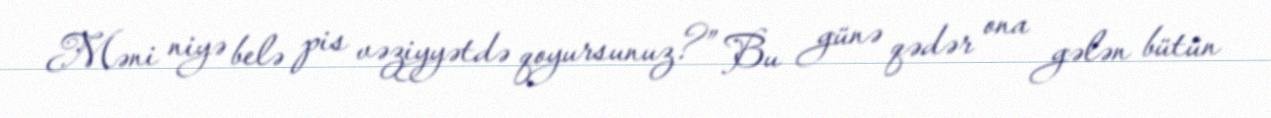
Məni niyə belə pis vəziyyətdə qoyursunuz?” Bu günə qədər ona gələn bütün